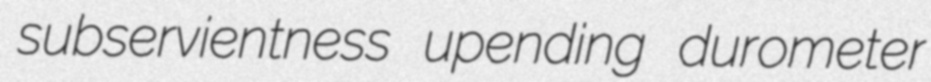
subservientness upending durometer